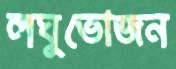
লঘুভোজন